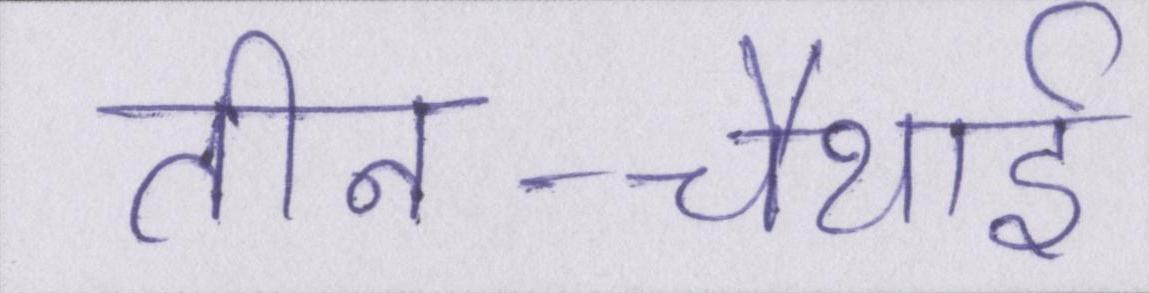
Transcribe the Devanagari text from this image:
तीन-चौथाई